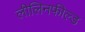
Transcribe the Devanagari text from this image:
लीलिनफील्ड